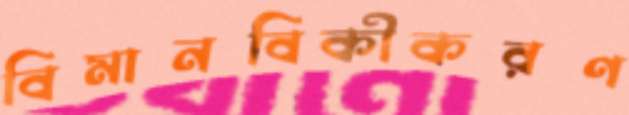
বিমানবিকীকরণ